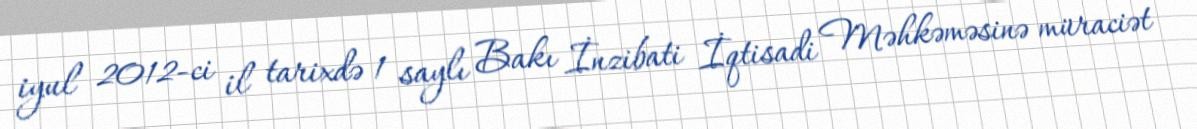
iyul 2012-ci il tarixdə 1 saylı Bakı İnzibati İqtisadi Məhkəməsinə müraciət